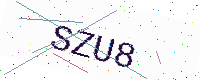
Text: SZU8